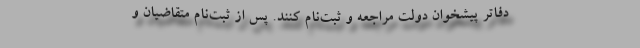
دفاتر پیشخوان دولت مراجعه و ثبت‌نام کنند. پس از ثبت‌نام متقاضیان و